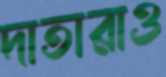
দাতারাও